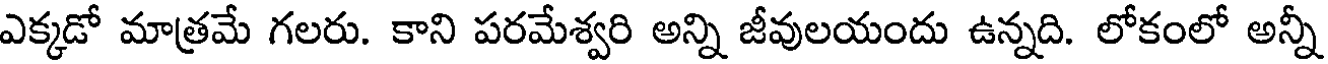
ఎక్కడో మాత్రమే గలరు. కాని పరమేశ్వరి అన్ని జీవులయందు ఉన్నది. లోకంలో అన్నీ